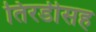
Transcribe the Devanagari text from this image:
तिरडीसह